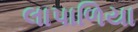
લાપાળિયા